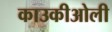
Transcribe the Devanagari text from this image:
काउकीओली